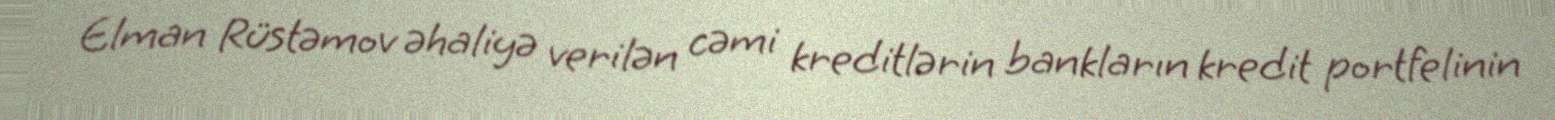
Elman Rüstəmov əhaliyə verilən cəmi kreditlərin bankların kredit portfelinin